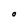
Character: O